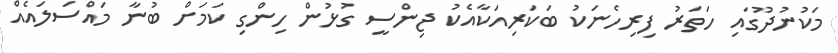
މަކުނުދޫގައި ހަތަރު ފިރިހެނަކު ބަކަރިއަކާއެކު ޖިންސީ ގުޅުން ހިންގި ކަމަށް ބުނާ މައްސަލައެއް